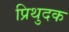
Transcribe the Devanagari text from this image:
प्रिथुदक